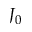
J _ { 0 }